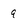
Character: 9